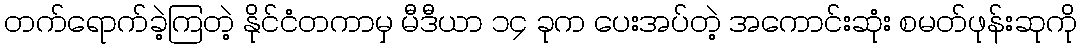
တက်ရောက်ခဲ့ကြတဲ့ နိုင်ငံတကာမှ မီဒီယာ ၁၄ ခုက ပေးအပ်တဲ့ အကောင်းဆုံး စမတ်ဖုန်းဆုကို